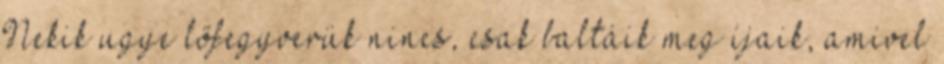
Nekik ugye lőfegyverük nincs, csak baltáik meg íjaik, amivel